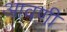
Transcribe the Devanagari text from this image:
आवणी